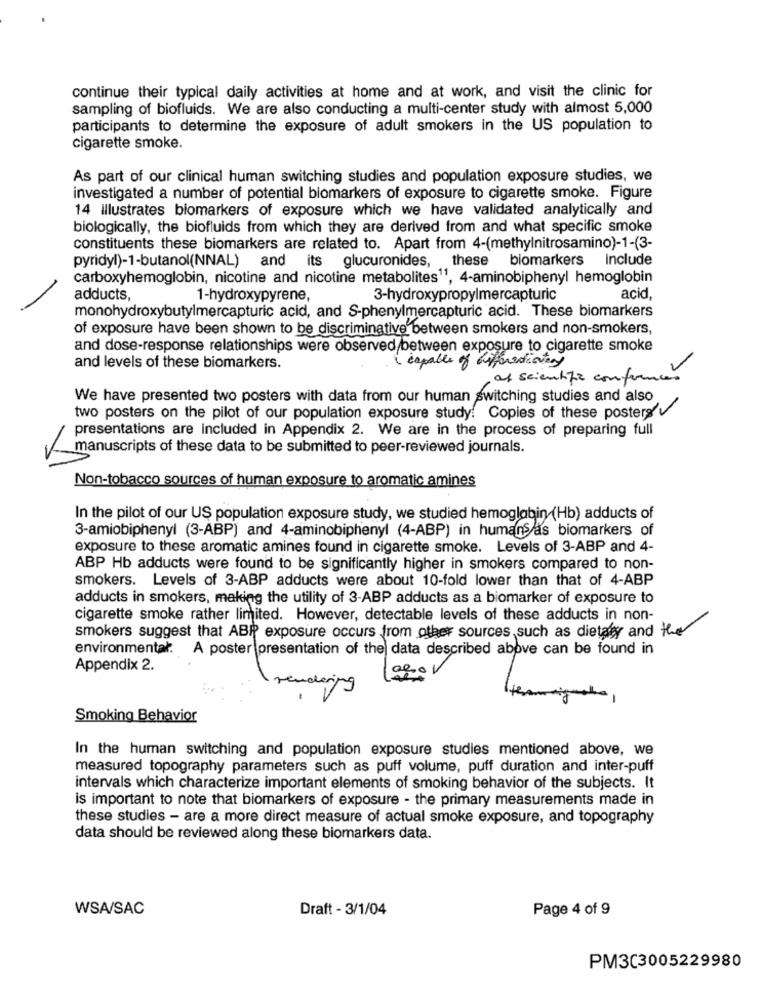
continue their typical daily activities at home and at work, and visit the clinic for
sampling of biofluids. We are also conducting a multi-center study with almost 5,000
participants to determine the exposure of adult smokers in the US population to
cigarette smoke.
As part of our clinical human switching studies and population exposure studies, we
investigated a number of potential biomarkers of exposure to cigarette smoke. Figure
14 Illustrates biomarkers of exposure which we have validated analytically and
biologically, the biofluids from which they are derived from and what specific smoke
constituents these biomarkers are related to. Apart from 4-(methylnitrosamino)-1-(3-
pyridyl)-1-butanol(NNAL) and its glucuronides, these biomarkers include
carboxyhemoglobin, nicotine and nicotine metabolites11, 4-aminobiphenyl hemoglobin
adducts,
1-hydroxypyrene,
3-hydroxypropylmercapturic
acid
monohydroxybutylmercapturic acid, and S-phenylmercapturic acid. These biomarkers
of exposure have been shown to be discriminative between smokers and non-smokers,
and dose-response relationships were observed between exposure to cigarette smoke
( capable of differentionary
and levels of these biomarkers.
of scientific conference
We have presented two posters with data from our human switching studies and also
two posters on the pilot of our population exposure study! Copies of these posters
presentations are included in Appendix 2. We are in the process of preparing full
manuscripts of these data to be submitted to peer-reviewed journals.
Non-tobacco sources of human exposure to aromatic amines
In the pilot of our US population exposure study, we studied hemoglobin (Hb) adducts of
3-amiobiphenyl (3-ABP) and 4-aminobiphenyl (4-ABP) in humans as biomarkers of
exposure to these aromatic amines found in cigarette smoke. Levels of 3-ABP and 4-
ABP Hb adducts were found to be significantly higher in smokers compared to non-
smokers. Levels of 3-ABP adducts were about 10-fold lower than that of 4-ABP
adducts in smokers, making the utility of 3-ABP adducts as a biomarker of exposure to
cigarette smoke rather limited. However, detectable levels of these adducts in non-
smokers suggest that ABR exposure occurs from other sources, such as dietaley and the
environmental. A poster presentation of the data described above can be found in
Appendix 2.
rendering
Smoking Behavior
In the human switching and population exposure studies mentioned above, we
measured topography parameters such as puff volume, puff duration and inter-puff
intervals which characterize important elements of smoking behavior of the subjects. It
is important to note that biomarkers of exposure - the primary measurements made in
these studies - are a more direct measure of actual smoke exposure, and topography
data should be reviewed along these biomarkers data.
WSA/SAC
Draft - 3/1/04
Page 4 of 9
PM3C3005229980